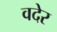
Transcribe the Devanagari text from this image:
वदेर